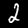
Digit: 2